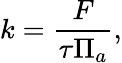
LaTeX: k=\frac{F}{\tau\Pi_{a}},